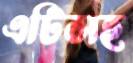
এটিসহ